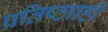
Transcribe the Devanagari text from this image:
प्रतिष्ठााही